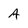
Character: A